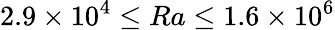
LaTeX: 2.9\times 10^{4}\leq Ra\leq 1.6\times 10^{6}